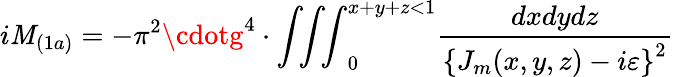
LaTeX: i{\cal\mathit{M}}_{(1a)}=-\pi^{2}\cdotg^{4}\cdot{\int\! \! \int\! \! \int}_{0}^{x+y+z<1}\frac{{dxdydz}}{{\left\{ J_{m}(x,y,z)-i\varepsilon\right\} ^{2}}}